Annual returns of the Patna Lunatic Asylum at Bankipore in Bihar and Orissa - 1912-1924
Year: 1912
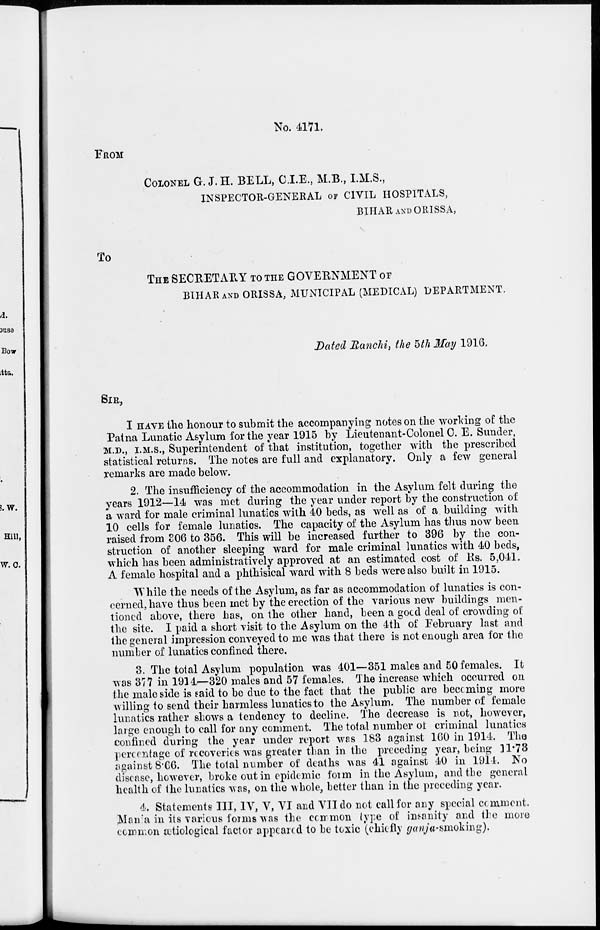
No. 4171.
FROM
COLONEL G. J.H. BELL, C.I.E., M.B., I.M.S.,
INSPECTOR-GENERAL OF CIVIL HOSPITALS,
BIHAR AND ORISSA,
To
THE SECRETARY TO THE GOVERNMENT OF
BIHAR AND ORISSA, MUNICIPAL (MEDICAL) DEPARTMENT.
Dated Ranchi, the 5th May 1916,
SIR,
I HAVE the honour to submit the accompanying notes on the working of the
Patna Lunatic Asylum for the year 1915 by Lieutenant-Colonel C. E. Sunder,
M.D., I.M.S., Superintendent of that institution, together with the prescribed
statistical returns. The notes are full and explanatory. Only a few general
remarks are made below.
2. The insufficiency of the accommodation in the Asylum felt during the
years 1912—14 was met during the year under report by the construction of
a ward for male criminal lunatics with 40 beds, as well as of a building with
10 cells for female lunatics. The capacity of the Asylum has thus now been
raised from 306 to 356. This will be increased further to 396 by the con-
struction of another sleeping ward for male criminal lunatics with 40 beds,
which has been administratively approved at an estimated cost of Rs. 5,041.
A female hospital and a phthisical ward with 8 beds were also built in 1915.
While the needs of the Asylum, as far as accommodation of lunatics is con-
cerned, have thus been met by the erection of the various new buildings men-
tioned above, there has, on the other hand, been a good deal of crowding of
the site. I paid a short visit to the Asylum on the 4th of February last and
the general impression conveyed to me was that there is not enough area for the
number of lunatics confined there.
3. The total Asylum population was 401—351 males and 50 females. It
was 377 in 1914—320 males and 57 females. The increase which occurred on
the male side is said to be due to the fact that the public are becoming more
willing to send their harmless lunatics to the Asylum. The number of female
lunatics rather shows a tendency to decline. The decrease is not, however,
large enough to call for any comment. The total number of criminal lunatics
confined during the year under report was 183 against 160 in 1914. The
percentage of recoveries was greater than in the preceding year, being 11.73
against 8.66. The total number of deaths was 41 against 40 in 1914. No
disease, however, broke out in epidemic form in the Asylum, and the general
health of the lunatics was, on the whole, better than in the preceding year.
4. Statements III, IV, V, VI and VII do not call for any special comment.
Mania in its various forms was the common type of insanity and the more
common ætiological factor appeared to be toxic (chiefly ganja-smoking).